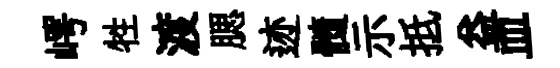
崿牲渡腮迹髓示抵益皿